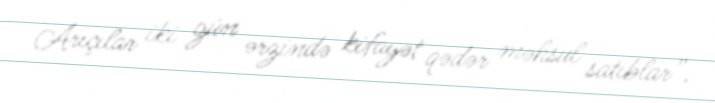
Arıçılar iki gün ərzində kifayət qədər məhsul satıblar”.